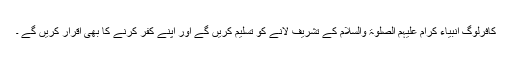
کافرلوگ انبیاءِ کرام عَلَیْہِمُ الصَّلٰوۃُ وَالسَّلَام کے تشریف لانے کو تسلیم کریں گے اور اپنے کفر کرنے کا بھی اقرار کریں گے ۔